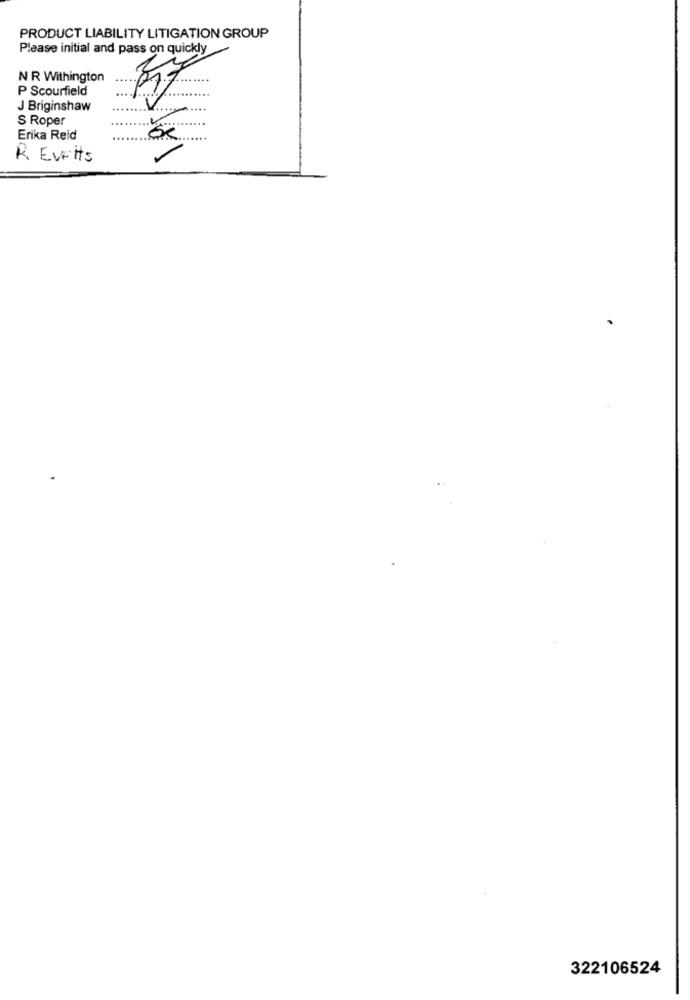
PRODUCT LIABILITY LITIGATION GROUP
Please initial and pass on quickly
N R Withington
....
P Scourfield
J Briginshaw
S Roper
Erika Reid
R Eveits
322106524